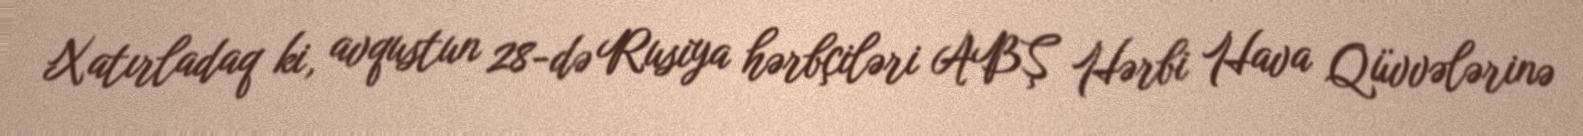
Xatırladaq ki, avqustun 28-də Rusiya hərbçiləri ABŞ Hərbi Hava Qüvvələrinə